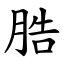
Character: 㬶